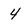
Character: 4